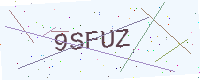
Text: 9SFUZ